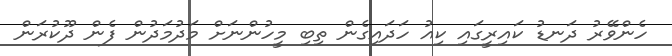
ހެންވޭރު ދަނޑު ކައިރީގައި ކިއު ހަދައިގެން ތިބި މީހުންނަށް މަދުމަދުން ފެން ދޫކުރަން